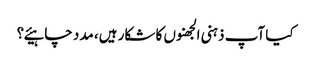
کیا آپ ذہنی الجھنوں کا شکار ہیں، مدد چاہیئے؟